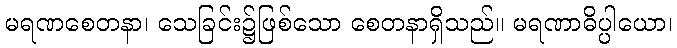
မရဏစေတနာ၊ သေခြင်း၌ဖြစ်သော စေတနာရှိသည်။ မရဏာဓိပ္ပါယော၊